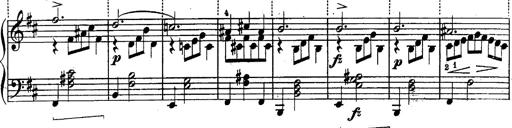
Title: Schubert's Impromptus [revised and edited by Franz Liszt]
Composer: Franz Liszt